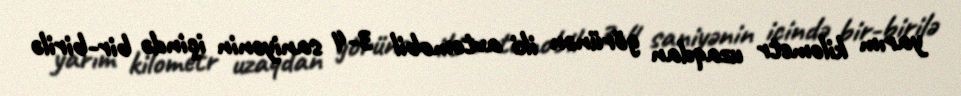
yarım kilometr uzaqdan görünən iki avtomobil 3-4 saniyənin içində bir-birilə